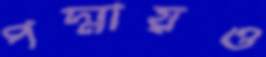
পদ্মায়ও